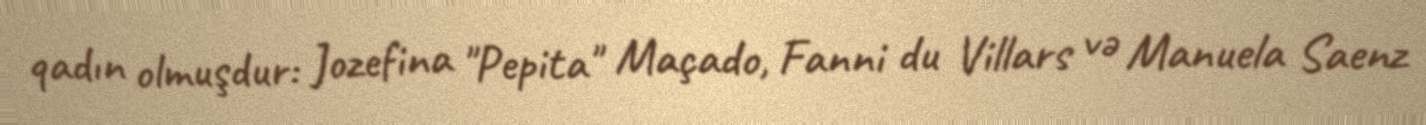
qadın olmuşdur: Jozefina "Pepita" Maçado, Fanni du Villars və Manuela Saenz